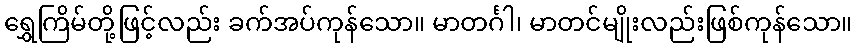
ရွှေကြိမ်တို့ဖြင့်လည်း ခက်အပ်ကုန်သော။ မာတင်္ဂါ၊ မာတင်မျိုးလည်းဖြစ်ကုန်သော။